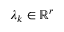
\boldsymbol { \lambda } _ { k } \in \mathbb { R } ^ { r }